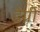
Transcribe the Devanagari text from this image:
डेग्री